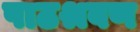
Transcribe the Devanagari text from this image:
पाठश्रवण